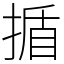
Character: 揗